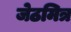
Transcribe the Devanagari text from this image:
जेठमित्र